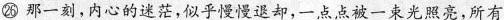
㉖ 那一刻，内心的迷茫，似乎慢慢退却，一点点被一束光照亮，所有